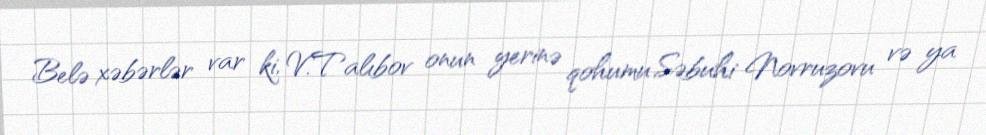
Belə xəbərlər var ki, V.Talıbov onun yerinə qohumu Səbuhi Novruzovu və ya